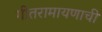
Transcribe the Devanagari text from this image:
गीतरामायणाची